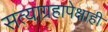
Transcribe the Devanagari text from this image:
सत्याग्रहापेक्षाही